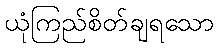
ယုံကြည်စိတ်ချရသော